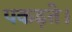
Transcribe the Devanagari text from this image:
पकड़ते।